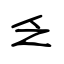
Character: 乏